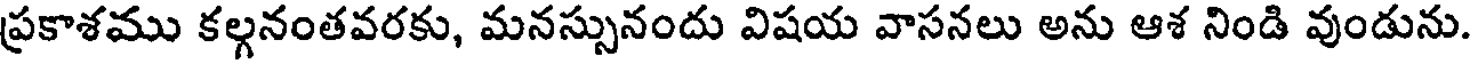
ప్రకాశము కల్గనంతవరకు, మనస్సునందు విషయ వాసనలు అను ఆశ నిండి వుండును.